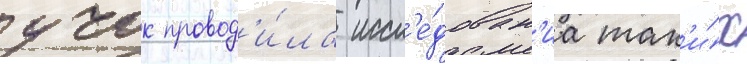
учок провод'и́ла иссл'е́дован'иа так'и́х